Report on plague and inoculation in the Punjab from October 1st ... to September 30th..., being the ... season of plague in the province
Disease focus: Plague
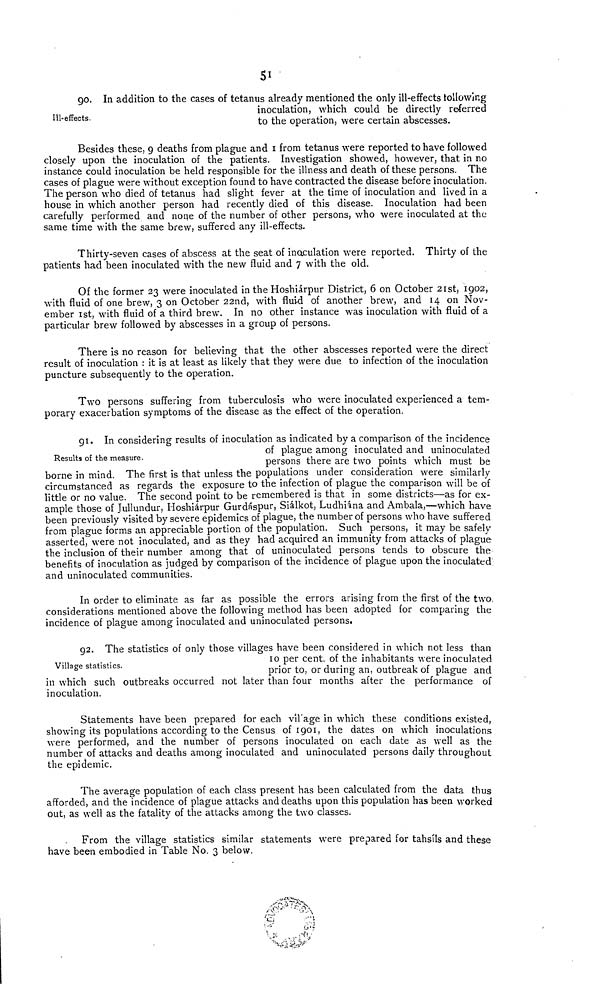
51]
Ill-effects.
90. In addition to the cases of tetanus already mentioned the only ill-effects tollowing
inoculation, which could be directly referred
to the Operation, were certain abscesses.
Besides these, 9 deatbs from plague and 1 from tetanus were reported tohave followed
closely upon the inoculation of the patients. Investigation showed, however, that in no
instance could inoculation be held responsible for the illness and death of these persons. The
cases of plague were without exception found to have contracted the disease before inoculation.
The person who died of tetanus had slight fever at the time of inoculation and lived in a
house in which another person had recently died of this disease. Inoculation had been
carefully performed and none of the number of other persons, who were inoculated at the
same time with the same brew, suffered any ill-effects.
Thirty-seven cases of abscess at the seat of inoculation were reported. Thirty of the
patients had been inoculated with the new fluid and 7 with the old.
Of the former 23 were inoculated in the Hoshiarpur District, 6 on October 21st, 1902,
with fluid of one brew, 3 on October 22nd, with fluid of another brew, and 14 on Nov-
ember 1st, with fluid of a third brew. In no other instance was inoculation with fluid of a
particular brew followed by abscesses in a group of persons.
There is no reason for believing that the other abscesses reported were the direct
result of inoculation : it is at least as likely that they were due to infection of the inoculation
puncture subsequently to the Operation.
Two persons suffering from tuberculosis who were inoculated experienced a tem-
porary exacerbation Symptoms of the disease as the effect of the Operation.
Results of the measure.
91. In considering results of inoculation as indicated by a comparison of the incidence
of plague among inoculated and uninoculated
persons there are two points which must be
borne in mind. The first is that unless the populations under consideration were similarly
circumstanced as regards the exposure to the infection of plague the comparison will be of
little or no value. The second point to be remembered is that in some districts—as for ex-
ample those of Jullundur, Hoshiarpur Gurdaspur, Sialkot, Ludhiina and Ambala,—which have
been previously visited by severe epidemics of plague, the number of persons who have suffered
from plague forms an appreciable portion of the population. Such persons, it may be safely
asserted, were not inoculated, and as they had acquired an immunity from attacks of plague
the inclusion of their number among that of uninoculated persons tends to obscure the
benefits of inoculation as judged by comparison of the incidence of plague upon the inoculated
and uninoculated communities.
In order to eliminate as far as possible the errors arising from the first of the two,
considerations mentioned above the following method has been adopted for comparing the
incidence of plague among inoculated and uninoculated persons.
Village statistics.
92. The statistics of only those villages have been considered in which not less than
10 per cent. of the inhabitants were inoculated
prior to, or during an, outbreak of plague and
in which such outbreaks occurred not later than four months after the Performance of
inoculation.
Statements have been prepared for each vil'age in which these conditions existed,
showing its populations according to the Census of 1901, the dates on which inoculations
were performed, and the number of persons inoculated on each date as well as the
number of attacks and deaths among inoculated and uninoculated persons daily throughout
the epidemic.
The average population of each class present has been calculated from the data thus
afforded, and the incidence of plague attacks and deaths upon this population has been worked
out, as well as the fatality of the attacks among the two classes.
From the village statistics similar statements were prepared for tahsils and these
have been embodied in Table No. 3 below.